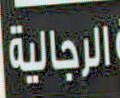
الرجالية